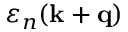
\varepsilon _ { n } ( \mathbf { k } + \mathbf { q } )